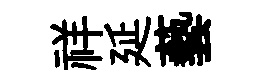
祥延藝